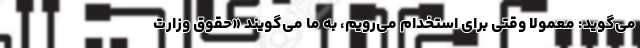
می‌گوید: معمولاً وقتی برای استخدام می‌رویم، به ما می‌گویند «حقوق وزارت